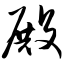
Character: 殿